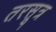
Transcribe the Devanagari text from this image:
तरसूत्र